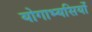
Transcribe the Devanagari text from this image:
योगाभ्यसियों